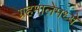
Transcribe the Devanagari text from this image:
ग्रहमालेमध्ये